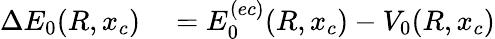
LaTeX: \begin{array}{rl}{\Delta E_{0}(R,x_{c})}&{{}=E_{0}^{(ec)}(R,x_{c})-V_{0}(R,x_{c})}\end{array}